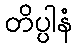
တိပ္ပါနံ